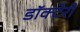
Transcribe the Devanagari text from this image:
डॉक्टेरी